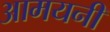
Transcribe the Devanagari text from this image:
आमयनी